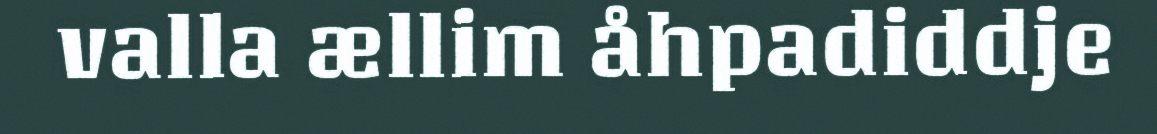
valla ællim åhpadiddje